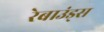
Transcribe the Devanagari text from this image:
रेबाउंड्स